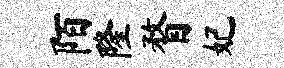
陌隆瞀妃